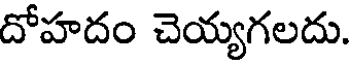
దోహదం చెయ్యగలదు.